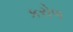
કરોળ